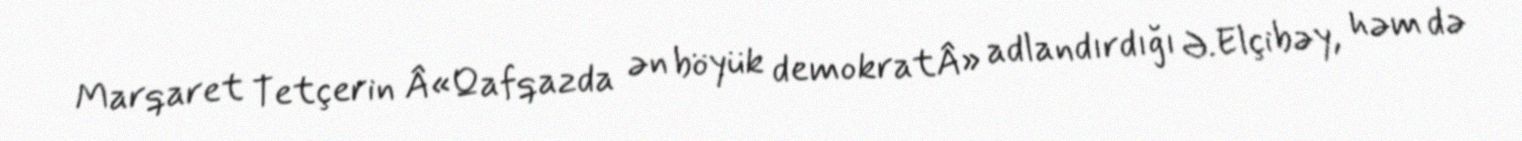
Marqaret Tetçerin Â«Qafqazda ən böyük demokratÂ» adlandırdığı Ə.Elçibəy, həm də